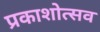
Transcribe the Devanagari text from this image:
प्रकाशोत्‍सव